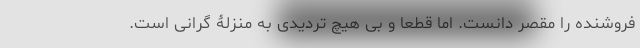
فروشنده را مقصر دانست. اما قطعا و بی هیچ تردیدی به منزلۀ گرانی است.